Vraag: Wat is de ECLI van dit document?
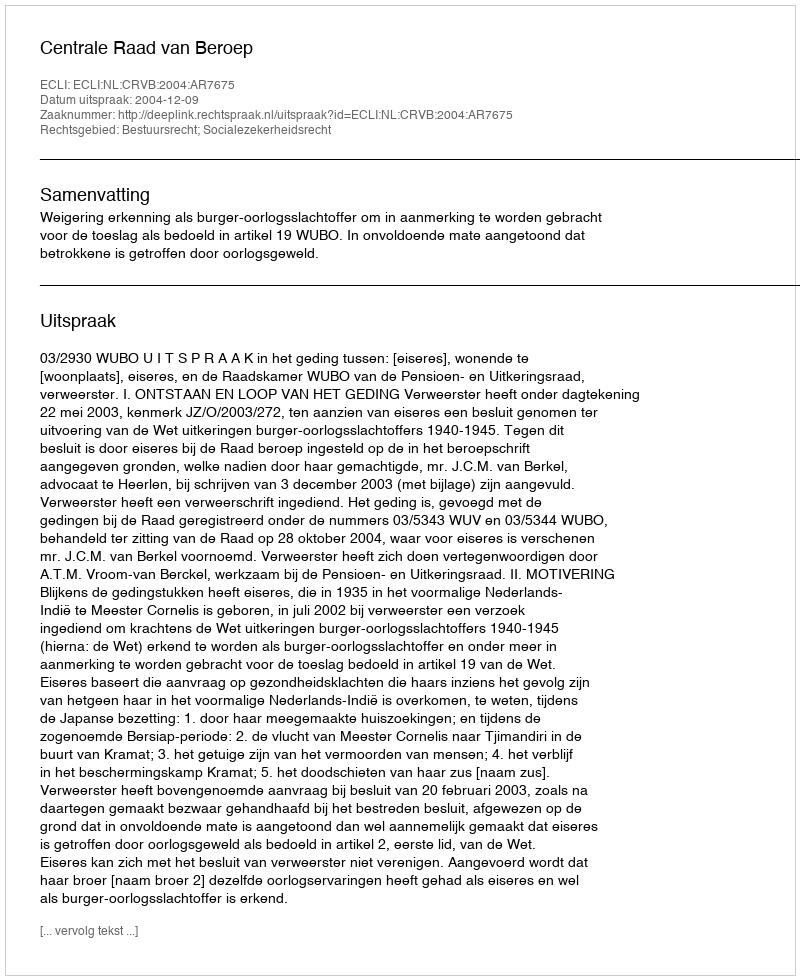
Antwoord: ECLI:NL:CRVB:2004:AR7675